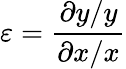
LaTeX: \varepsilon={\frac{\partial y/y}{\partial x/x}}